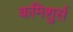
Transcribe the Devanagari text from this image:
कमिशुर्स